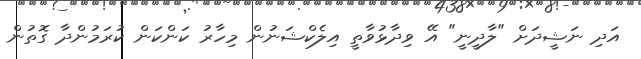
އަދި ނަޝީދަށް "ލާދީނީ" އޭ ވިދާޅުވާތީ އިލެކްޝަނުން މިހާރު ކަންކަން ކުރަމުންދާ ގޮތުން